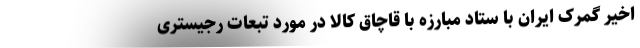
اخیر گمرک ایران با ستاد مبارزه با قاچاق کالا در مورد تبعات رجیستری